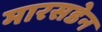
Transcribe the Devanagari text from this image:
मारसडेन